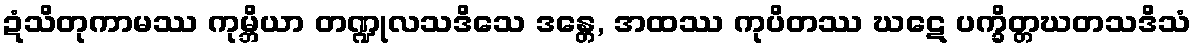
ဍံသိတုကာမဿ ကုမ္ဘိယာ တဏ္ဍုလသဒိသေ ဒန္တေ, အထဿ ကုပိတဿ ဃဋေ ပက္ခိတ္တဃတသဒိသံ